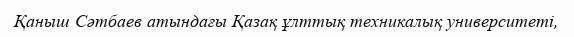
Қаныш Сәтбаев атындағы Қазақ ұлттық техникалық университеті,